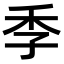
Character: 季